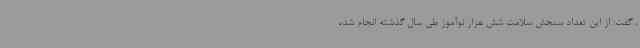
، گفت: از این تعداد سنجش سلامت شش هزار نوآموز طی سال گذشته انجام شده